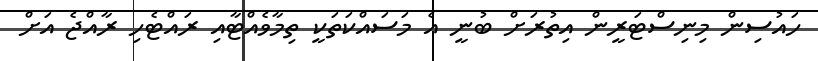
ހައުސިން މިނިސްޓަރީން އިތުރަށް ބުނީ އެ މަސައްކަތަކީ ތިމާވެއްޓާއި ރައްޓެހި ރާއްޖެ އަށް